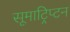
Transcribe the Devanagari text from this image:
सूमाट्रिप्टन